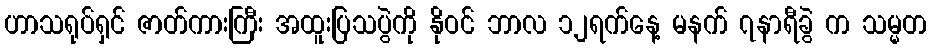
ဟာသရုပ်ရှင် ဇာတ်ကားကြီး အထူးပြသပွဲကို နိုဝင် ဘာလ ၁၂ရက်နေ့ မနက် ၇နာရီခွဲ က သမ္မတ